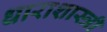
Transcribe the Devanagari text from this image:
धाराशास्त्री